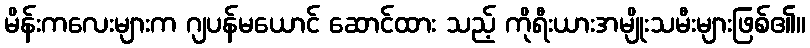
မိန်းကလေးများက ဂျပန်မယောင် ဆောင်ထား သည့် ကိုရီးယားအမျိုးသမီးများဖြစ်၏။